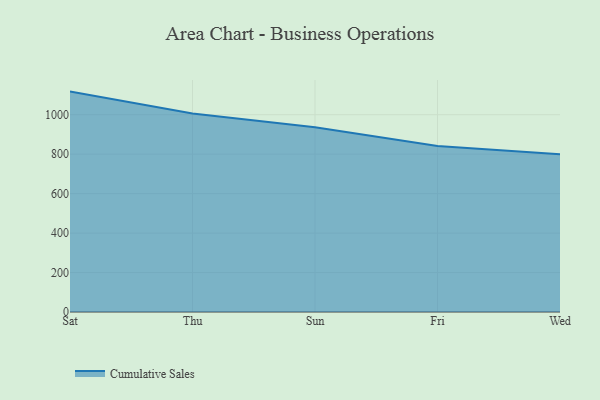
{"axis": {"x": "Day", "y": "Tickets Resolved"}, "legend": ["Cumulative Sales"], "data": [{"x": "Sat", "y": 1117.1, "type": "Cumulative Sales"}, {"x": "Thu", "y": 1005.6, "type": "Cumulative Sales"}, {"x": "Sun", "y": 935.9, "type": "Cumulative Sales"}, {"x": "Fri", "y": 840.8, "type": "Cumulative Sales"}, {"x": "Wed", "y": 800, "type": "Cumulative Sales"}]}